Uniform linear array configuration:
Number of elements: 16
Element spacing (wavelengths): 0.5
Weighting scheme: exponential
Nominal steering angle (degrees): -45
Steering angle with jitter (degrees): -44.737
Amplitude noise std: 0.05
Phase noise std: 0.05

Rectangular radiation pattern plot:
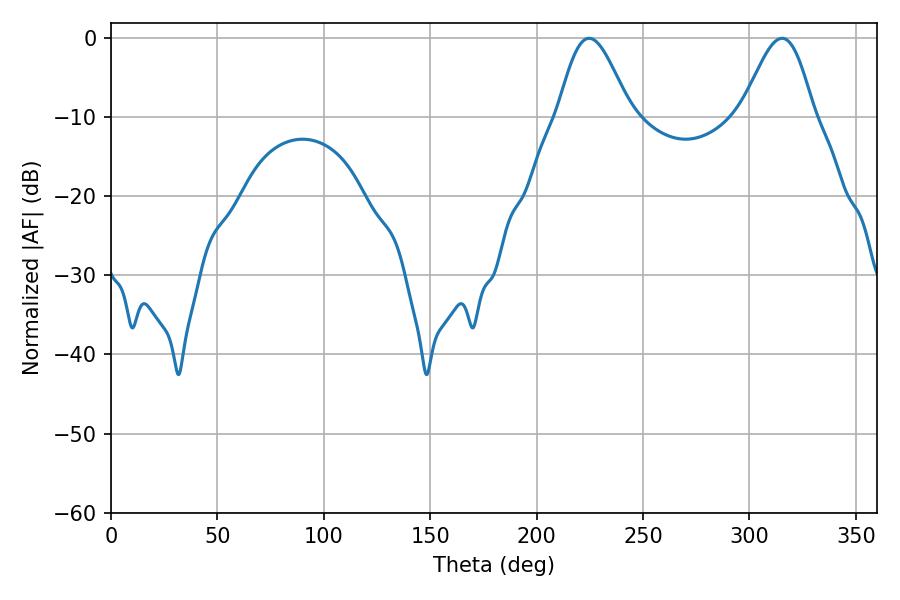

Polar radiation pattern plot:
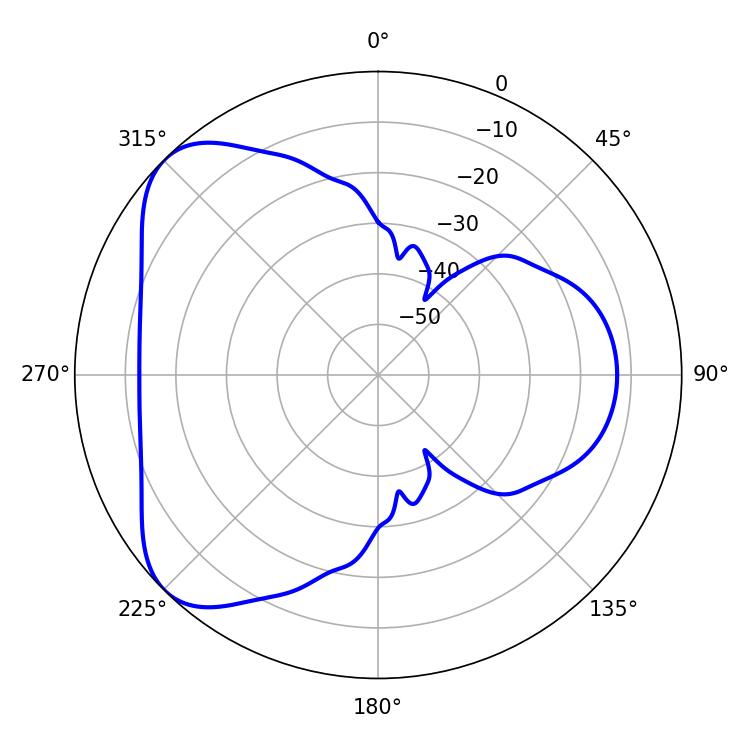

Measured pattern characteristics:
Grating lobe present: FALSE
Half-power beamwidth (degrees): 18
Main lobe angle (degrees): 224.64